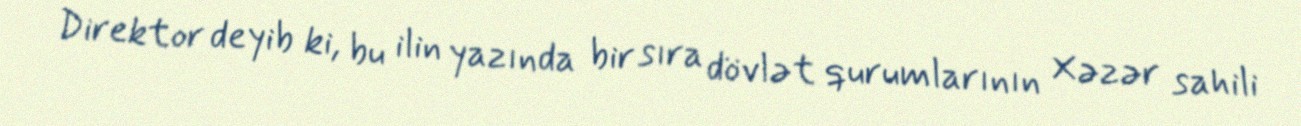
Direktor deyib ki, bu ilin yazında bir sıra dövlət qurumlarının Xəzər sahili